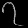
Digit: ၇